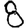
Digit: 8